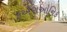
ફએરાઓનિક